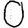
Digit: 0